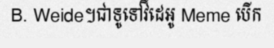
B. Weide។ជាទូទៅវីដេអូ Meme បើក